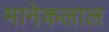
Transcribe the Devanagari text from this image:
मानेकलाल